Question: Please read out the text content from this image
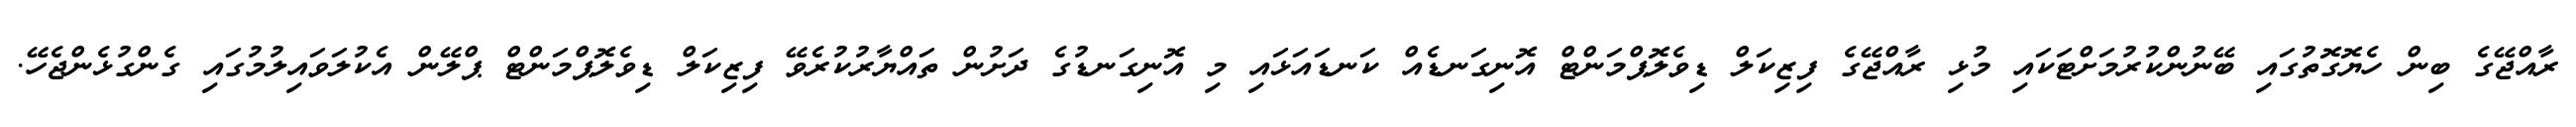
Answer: ރާއްޖޭގެ ބިން ހެޔޮގޮތުގައި ބޭނުންކުރުމަށްޓަކައި މުޅި ރާއްޖޭގެ ފިޒިކަލް ޑިވެލޮޕްމަންޓް އޮނިގަނޑެއް ކަނޑައަޅައި މި އޮނިގަނޑުގެ ދަށުން ތައްޔާރުކުރެވޭ ފިޒިކަލް ޑިވެލޮޕްމަންޓް ޕްލޭން އެކުލަވައިލުމުގައި ގެންގުޅެންޖެހޭ.